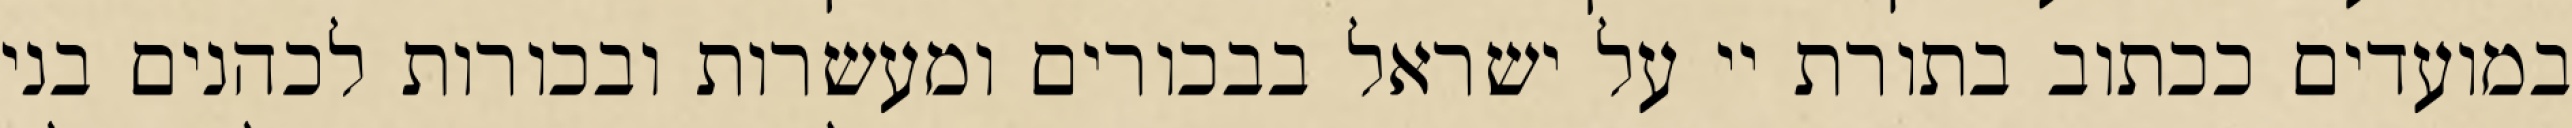
במועדים ככתוב בתורת יי על ישראל בבכורים ומעשרות ובכורות לכהנים בני